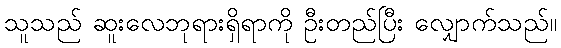
သူသည် ဆူးလေဘုရားရှိရာကို ဦးတည်ပြီး လျှောက်သည်။